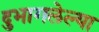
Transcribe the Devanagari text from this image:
दुभागलेल्या